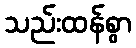
သည်းထန်စွာ